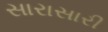
સારાસારી